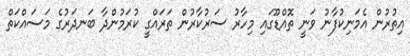
އިތުރުން އެމަނިކުފާނު ވަނީ ތޮއްޑޫގައި މިހާރު ސަރުކާރުން ތަރައްގީ ކުރަމުންދާ ބަނދަރުގެ މަސައްކަތް